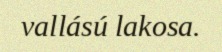
vallású lakosa.